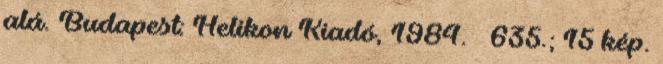
alá. Budapest: Helikon Kiadó, 1984. – 635.; 15 kép.